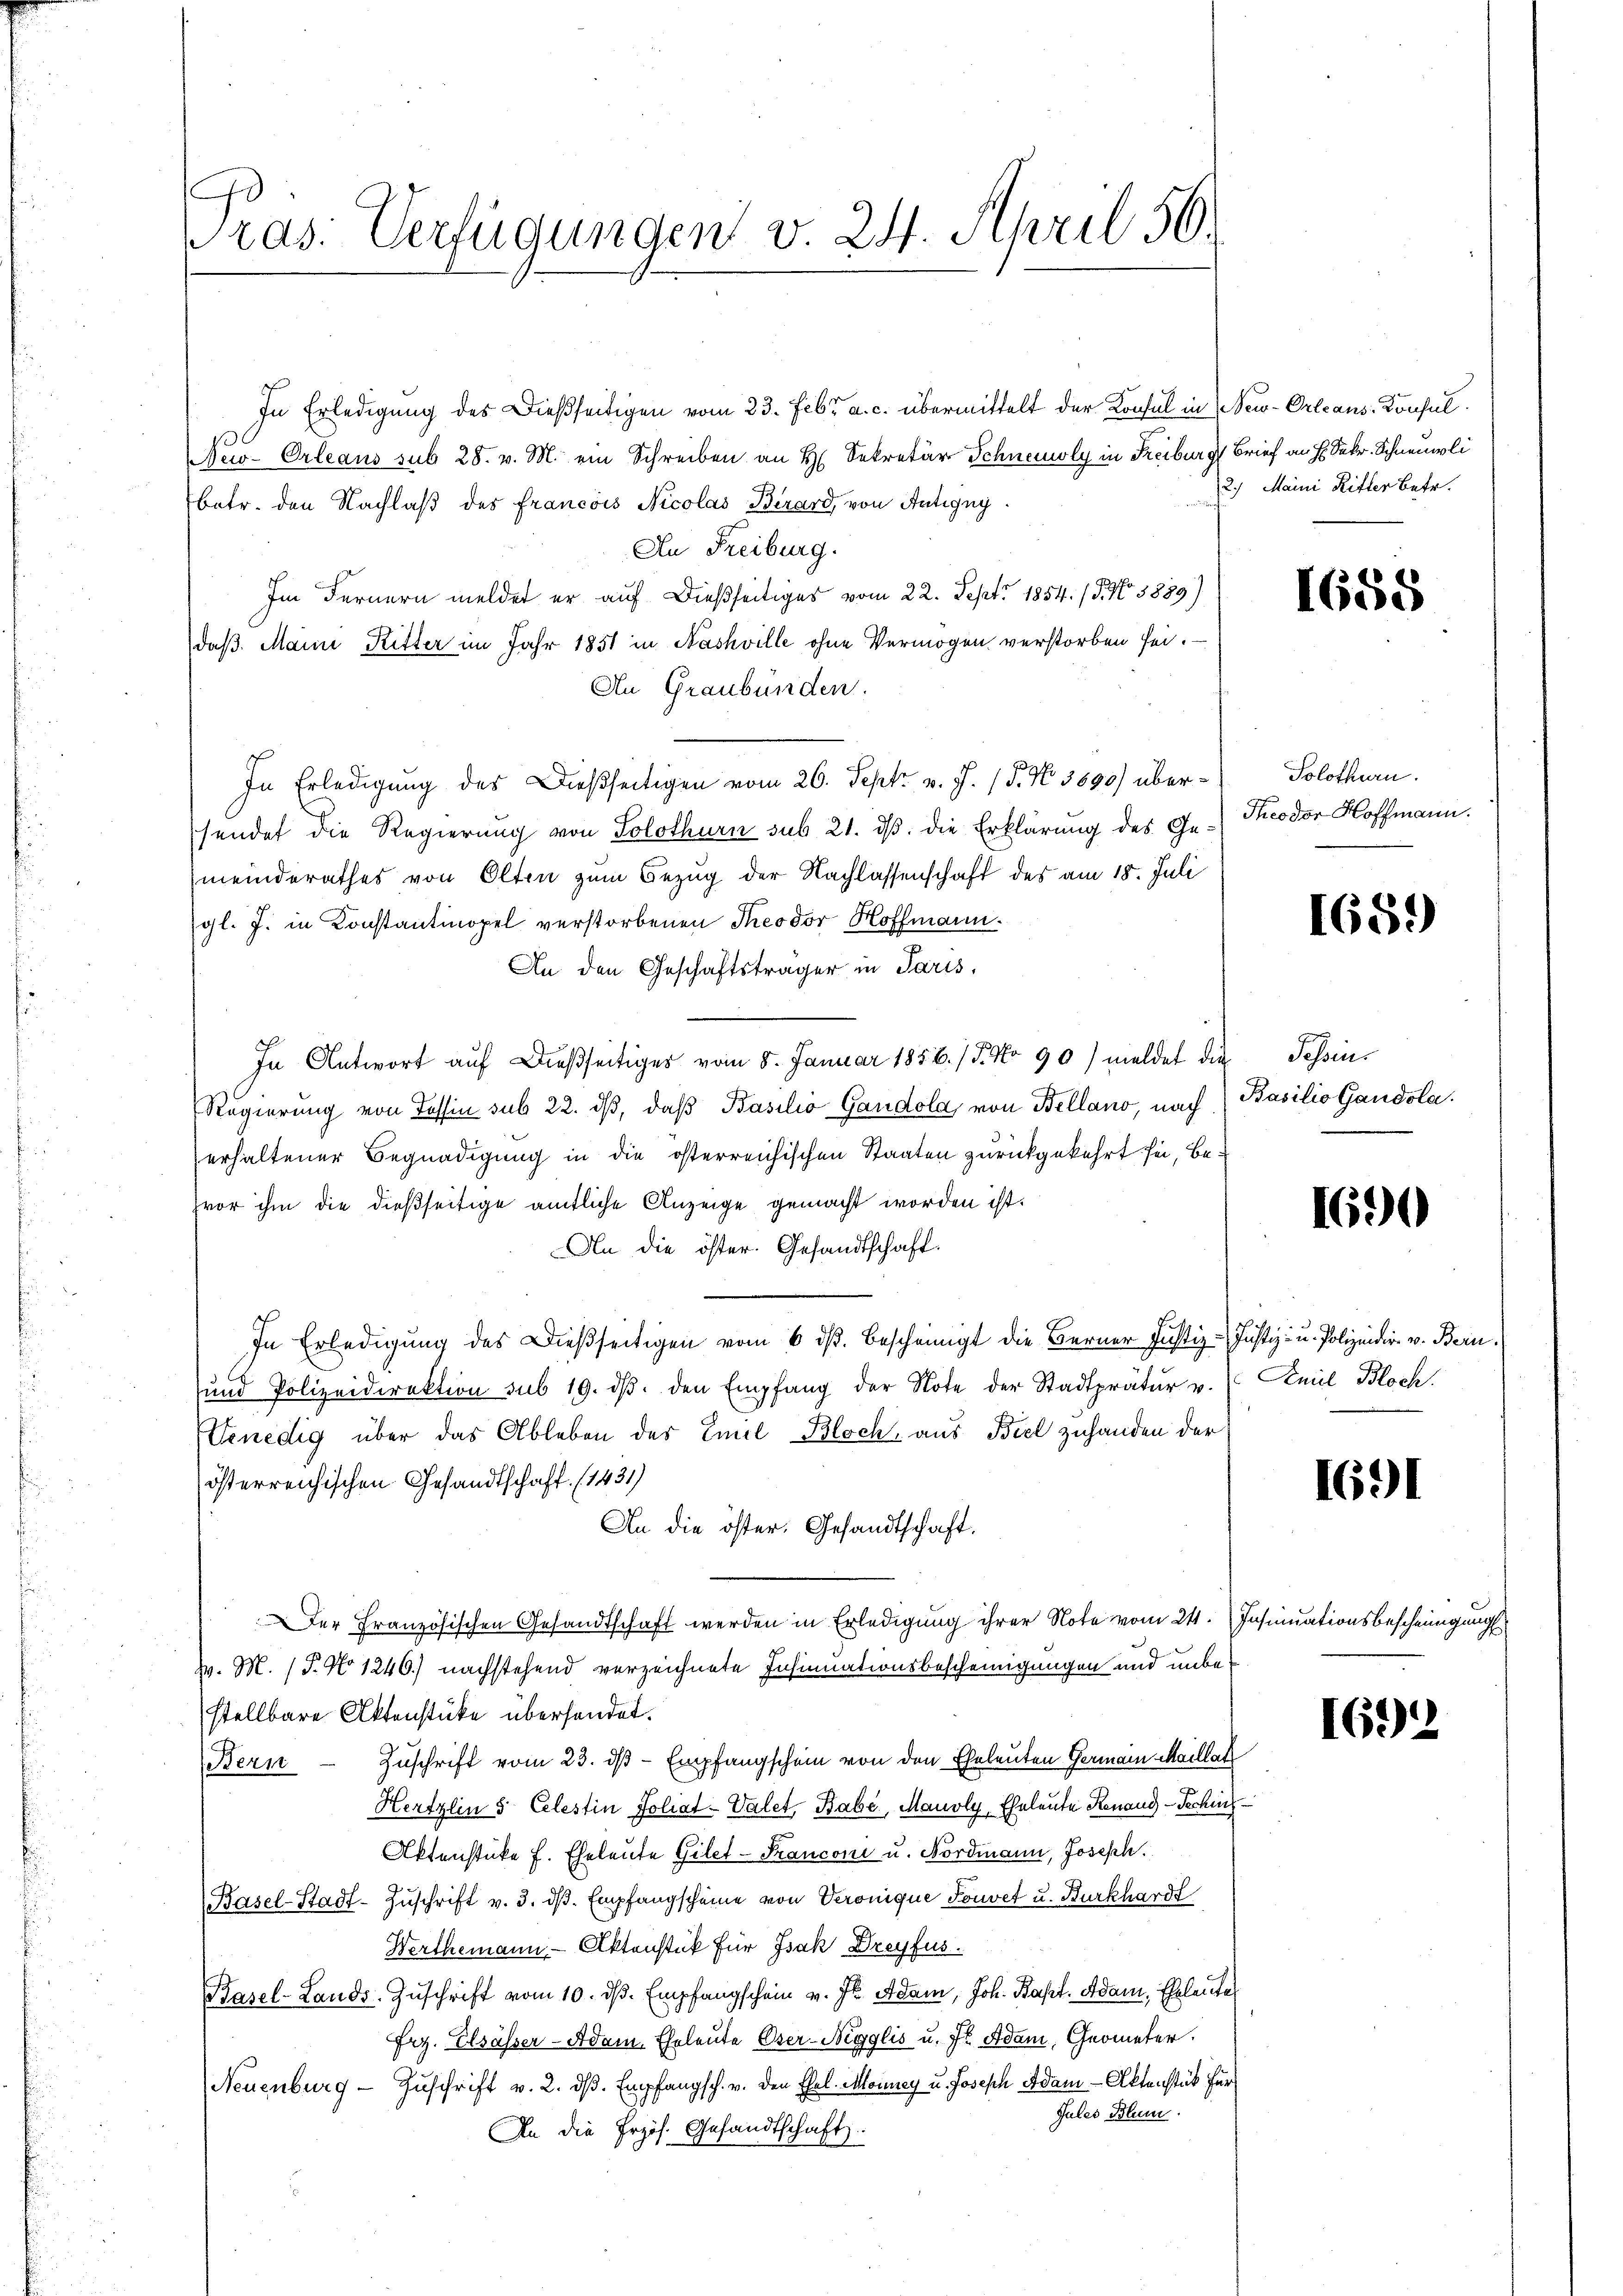
C
ras. Verfügungen v. 24. April 56.

In Erledigung des Dießseitigen vom 23. Febr. a. c. übermittelt der Konsul in New-Orleans Konsul
New-Orleans sub 28. v. M. ein Schreiben an H. Sekretär Schneioly in Freiburg, Brief an H. Sekr. Schneuli
betr. den Nachlaß des Francois Nicolas Berard, von Antigny
An Freiburg.
Im Fernern meldet er auf dießseitiges vom 22. Sept. 1854. 15. No 3889)
daß. Maini, Ritter im Jahr 1851 in Nashville ohne Vermögen verstorben sei.
An Graubünden.
In Erledigung des Dießseitigen vom 26. Sept. v. J. (T. No. 3690) übersendet die Regierung von Solothurn sub 21. dβ. die Erklärung des Ge-Theodor Hoffmann.
meinderathes von Olten zum Bezug der Nachlassenschaft des am 18. Juli
gl. J. in Konstantinopel verstorbenen Theodor Hoffmann.
An den Geschäftsträger in Paris,
In Antwort auf dießseitiges vom 5. Januar 1856. / 5. No 90) meldet die Tessin¬
Regierung von Tessin sub 22. dβ, daβ Basilio Gandola von Bellano, nach
erhaltener Begnadigung in die österreichischen Staaten zurückgekehrt sei, bezvor ihm die dießseitige amtliche Anzeige gemacht worden ist.
An die öster. Gesandtschaft.
In Erledigung des Dießseitigen vom 6. ds. bescheinigt die Berner Justiz-Justiz- u. Polizeidir v. Bern.
und Polizeidirektion sub 19. dβ. den Empfang der Note der Stadtpratŭr u.
enedig über das Ableben des Emil Bloch, aus Biel zuhanden der
österreichischen Gesandtschaft. (1431)
An die öster. Gesandtschaft.
Der Französischen Gesandtschaft werden in Erledigung ihrer Note vom 21.
v. M. (T. No 1246) nachstehend verzeichnete Insinuationsbescheinigungen und unbestellbare Aktenstücke übersendet.
Bern Zuschrift vom 23. dβ Empfangschein von den Eheleuten Germann Maillat
Hertzlin 5 Celestin Foliat-Valet, Babe, Mauoly, Eheleute Renaud-Techn
Aktenstücke f. Eheleute Gilet - Franconi u. Nordmann, Joseph.
Basel-Stadt-Zuschrift v. 3. dβ. Empfangscheine von Veronique Souvet u. Burkhardt
Werthemann - Aktenstück für Isak Dreyfus.
Basel-Lands, Zuschrift vom 10. dβ. Empfangschein v. J. Adam, Joh. Bapt. Adam, Eheleute
Frz. Elsässer - Adam Eheleute Oser-Negglis u. fr. Adam, Geometer.
Neuenburg - Zŭschrift v. 2. dβ. Empfangsch. v. den Ehel-Monney u. Joseph Adam -Aktenstück für
Jules Blum
An die Przös. Gesandtschaft.

2.) Maini Ritter Betr.

1658

Solothurn.

1689)

Basilio Gandola.

1690

Aniel Bloch.

1691

Insinuationsbescheinigung

169)